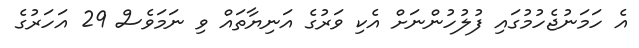
އެ ހަމަނުޖެހުމުގައި ފުލުހުންނަށް އެކި ވަރުގެ އަނިޔާތައް ވި ނަމަވެސް 29 އަހަރުގެ